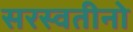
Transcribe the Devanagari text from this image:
सरस्वतीनो